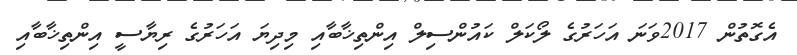
އެގޮތުން 2017ވަނަ އަހަރުގެ ލޯކަލް ކައުންސިލް އިންތިޚާބާއި މިދިޔަ އަހަރުގެ ރިޔާސީ އިންތިޚާބާއި